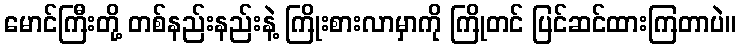
မောင်ကြီးတို့ တစ်နည်းနည်းနဲ့ ကြိုးစားလာမှာကို ကြိုတင် ပြင်ဆင်ထားကြတာပဲ။